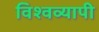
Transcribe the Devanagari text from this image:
विश्‍वव्‍यापी